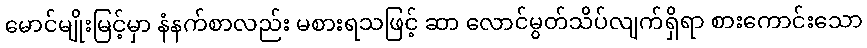
မောင်မျိုးမြင့်မှာ နံနက်စာလည်း မစားရသဖြင့် ဆာ လောင်မွတ်သိပ်လျက်ရှိရာ စားကောင်းသော